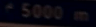
5000m